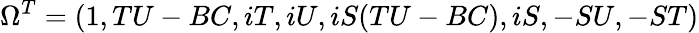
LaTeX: \Omega^{T}=(1,TU-BC,iT,iU,iS(TU-BC),iS,-SU,-ST)